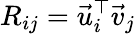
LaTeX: R_{ij}=\vec{u}_{i}^{\top}\vec{v}_{j}